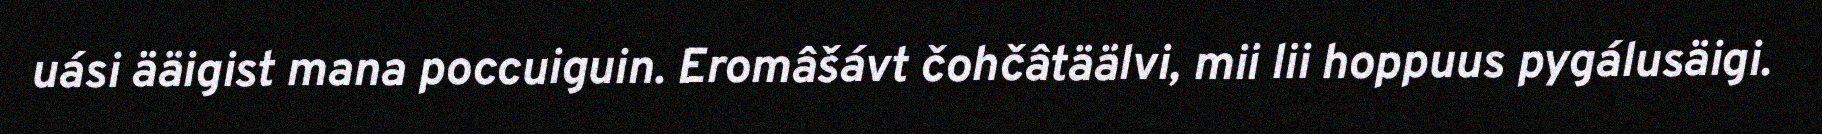
uási ääigist mana poccuiguin. Eromâšávt čohčâtäälvi, mii lii hoppuus pygálusäigi.